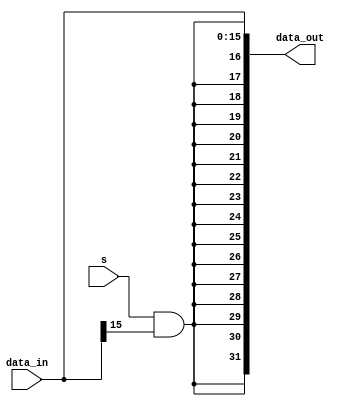
`timescale 1ns / 1ps
module ext16(
    input [15:0]data_in,
    input s,//signed or not
    output [31:0]data_out
);
   // assign data_out = (s&data_in[15])?{16'b1,data_in}:{16'b0,data_i};
    assign data_out={s&data_in[15],
    s&data_in[15],s&data_in[15],
    s&data_in[15],s&data_in[15],
    s&data_in[15],s&data_in[15],
    s&data_in[15],s&data_in[15],
    s&data_in[15],s&data_in[15],
    s&data_in[15],s&data_in[15],
    s&data_in[15],s&data_in[15],
    s&data_in[15],data_in};
endmodule